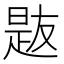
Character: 𪰯